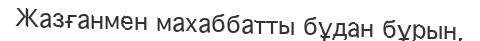
Жазғанмен махаббатты бұдан бұрын,